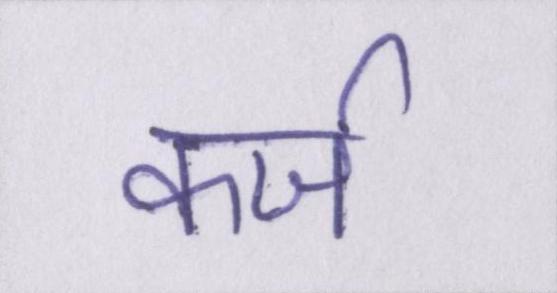
कर्ज